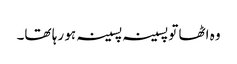
وہ اٹھا تو پسینہ پسینہ ہو رہا تھا۔